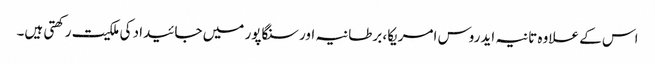
اس کے علاوہ تانیہ ایدروس امریکا، برطانیہ اور سنگاپور میں جائیداد کی ملکیت رکھتی ہیں۔